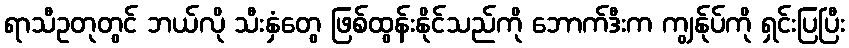
ရာသီဥတုတွင် ဘယ်လို သီးနှံတွေ ဖြစ်ထွန်းနိုင်သည်ကို ဘောက်ဒီးက ကျွန်ုပ်ကို ရှင်းပြပြီး